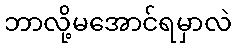
ဘာလို့မအောင်ရမှာလဲ